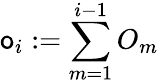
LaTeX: \mathsf{o}_{i}:=\sum_{m=1}^{i-1}O_{m}